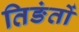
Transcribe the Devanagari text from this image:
तिङंतों